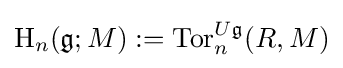
\mathrm {H} _{n}({\mathfrak {g}};M):=\mathrm {Tor} _{n}^{U{\mathfrak {g}}}(R,M)